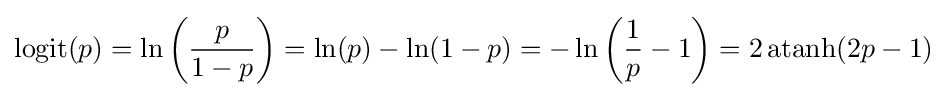
\operatorname {logit} (p)=\ln \left({\frac {p}{1-p}}\right)=\ln(p)-\ln(1-p)=-\ln \left({\frac {1}{p}}-1\right)=2\operatorname {atanh} (2p-1)